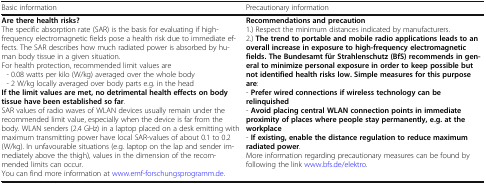
| Basic information | Precautionary information |
 | --- | --- |
 | Are there health risks?The specific absorption rate (SAR) is the basis for evaluating if high-frequency electromagnetic fields pose a health risk due to immediate effects. The SAR describes how much radiated power is absorbed by human body tissue in a given situation.For health protection, recommended limit values are - 0.08 watts per kilo (W/kg) averaged over the whole body - 2 W/kg locally averaged over body parts e.g. in the headIf the limit values are met, no detrimental health effects on body tissue have been established so far.SAR values of radio waves of WLAN devices usually remain under the recommended limit value, especially when the device is far from the body. WLAN senders (2.4 GHz) in a laptop placed on a desk emitting with maximum transmitting power have local SAR-values of about 0.1 to 0.2 (W/kg). In unfavourable situations (e.g. laptop on the lap and sender immediately above the thigh), values in the dimension of the recommended limits can occur.You can find more information at www.emf-forschungsprogramm.de. | Recommendations and precaution1.) Respect the minimum distances indicated by manufacturers.2.) The trend to portable and mobile radio applications leads to an overall increase in exposure to high-frequency electromagnetic fields. The Bundesamt für Strahlenschutz (BfS) recommends in general to minimize personal exposure in order to keep possible but not identified health risks low. Simple measures for this purpose are:- Prefer wired connections if wireless technology can be relinquished- Avoid placing central WLAN connection points in immediate proximity of places where people stay permanently, e.g. at the workplace- If existing, enable the distance regulation to reduce maximum radiated power.More information regarding precautionary measures can be found by following the link www.bfs.de/elektro. |